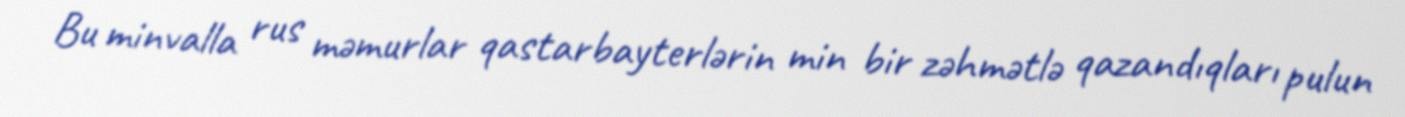
Bu minvalla rus məmurlar qastarbayterlərin min bir zəhmətlə qazandıqları pulun